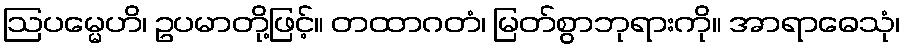
ဩပမ္မေဟိ၊ ဥပမာတို့ဖြင့်။ တထာဂတံ၊ မြတ်စွာဘုရားကို။ အာရာဓေသုံ၊